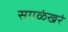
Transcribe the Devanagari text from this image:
सगळंखरं